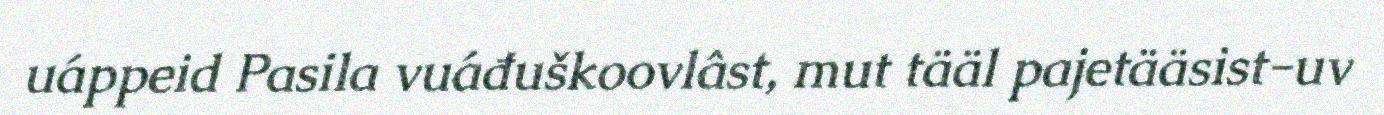
uáppeid Pasila vuáđuškoovlâst, mut tääl pajetääsist-uv